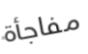
مفاجأة